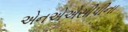
એનએએસીપીના